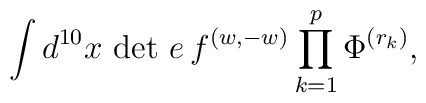
{\int d^{10}x\, \det\, e\, f^{(w,-w)} \prod_{k=1}^p \Phi^{(r_k)},}